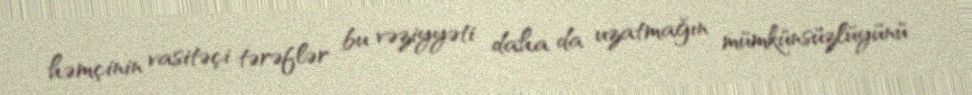
həmçinin vasitəçi tərəflər bu vəziyyəti daha da uzatmağın mümkünsüzlüyünü